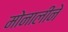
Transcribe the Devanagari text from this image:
मोनालीने